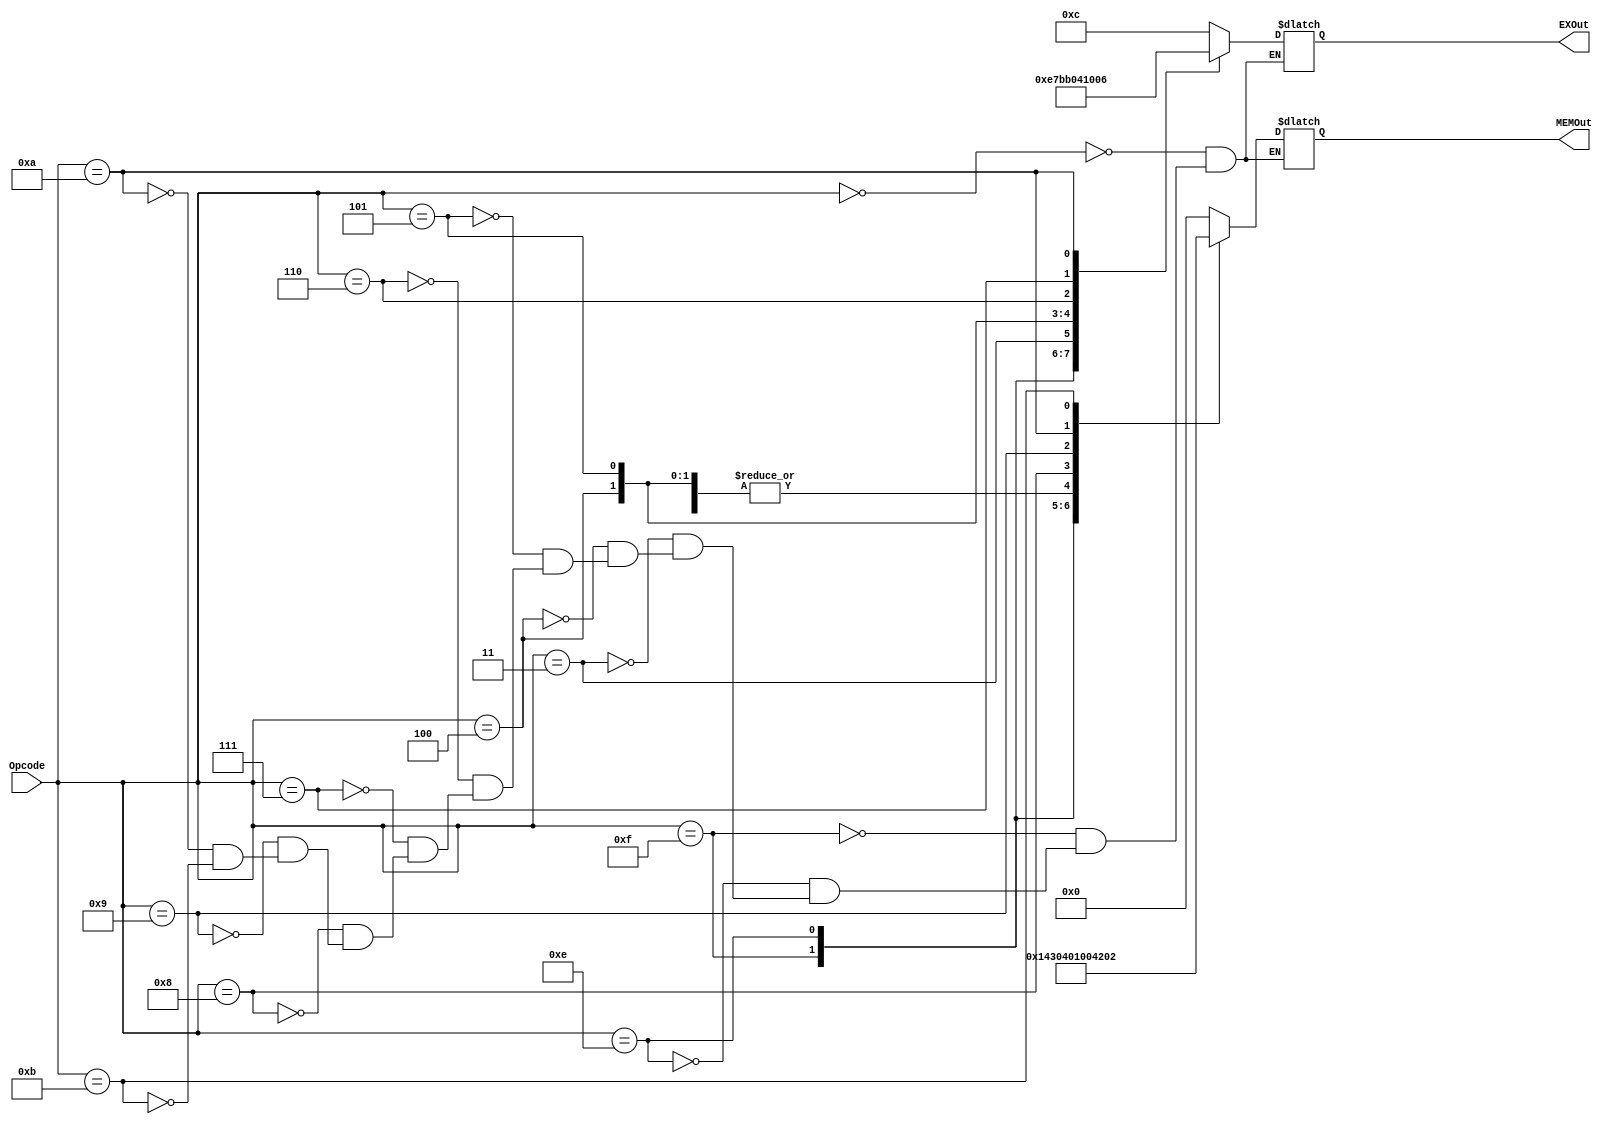
module Control(Opcode, EXOut, MEMOut);
input [3:0] Opcode;
output reg [4:0] EXOut; // ALUOP, MemRead, MemWrite (ALUOP is three bits)
output reg [6:0] MEMOut; // RegWrite, MemToReg, PCtoReg, Jump, JumpMem, BranchN, BranchZ (the datapath has an extra line but doesn't specify what it is)

always @(Opcode)
begin
	case (Opcode)
		4'b0000: begin EXOut <= 5'b01100; MEMOut <= 7'b0000000; end
		4'b1111: begin EXOut <= 5'b11100; MEMOut <= 7'b1010000; end
		4'b1110: begin EXOut <= 5'b11110; MEMOut <= 7'b1100000; end
		4'b0011: begin EXOut <= 5'b11101; MEMOut <= 7'b0000000; end
		4'b0100: begin EXOut <= 5'b10000; MEMOut <= 7'b1000000; end
		4'b0101: begin EXOut <= 5'b01000; MEMOut <= 7'b1000000; end
		4'b0110: begin EXOut <= 5'b00100; MEMOut <= 7'b1000000; end
		4'b0111: begin EXOut <= 5'b00000; MEMOut <= 7'b1000000; end
		4'b1000: begin EXOut <= 5'b01100; MEMOut <= 7'b0001000; end 
		4'b1001: begin EXOut <= 5'b01100; MEMOut <= 7'b0000001; end
		4'b1010: begin EXOut <= 5'b00110; MEMOut <= 7'b0000100; end
		4'b1011: begin EXOut <= 5'b01100; MEMOut <= 7'b0000010; end
	endcase
end
initial begin
    EXOut = 0;
    MEMOut = 0;
end
endmodule